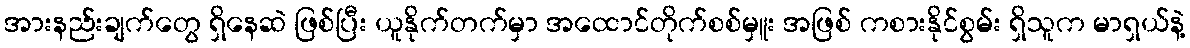
အားနည်းချက်တွေ ရှိနေဆဲ ဖြစ်ပြီး ယူနိုက်တက်မှာ အထောင်တိုက်စစ်မှူး အဖြစ် ကစားနိုင်စွမ်း ရှိသူက မာရှယ်နဲ့